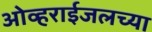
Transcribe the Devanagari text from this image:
ओव्हराईजलच्या